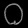
Digit: ၀